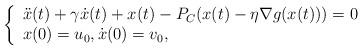
LaTeX: \begin{align*}\left\{\begin{array}{ll}\ddot x(t) + \gamma\dot x(t) + x(t)-P_C(x(t)-\eta\nabla g (x(t))) = 0\\x(0)=u_0, \dot x(0)=v_0,\end{array}\right.\end{align*}